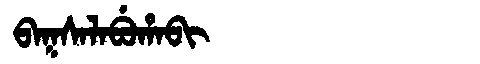
Manchu: ᠪᠠᡴᠰᠠᠯᠠᠪᡠᡥᠠᠪᡳ
Romanization: BAKSALABUHABI